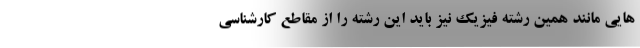
هایی مانند همین رشته فیزیک نیز باید این رشته را از مقاطع کارشناسی